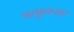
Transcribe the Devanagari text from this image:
मामुलनार